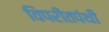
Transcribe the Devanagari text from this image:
विपरीतपंथी